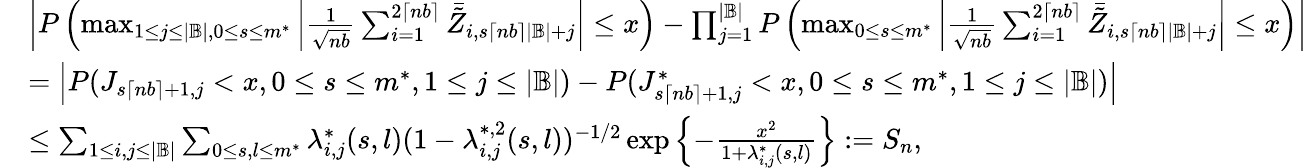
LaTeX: \begin{array}{rl}&{\left|P\left(\operatorname*{max}_{1\leq j\leq|\mathbb{B}|,0\leq s\leq m^{*}}\left|\frac{1}{\sqrt{nb}}\sum_{i=1}^{2\lceil nb\rceil}\bar{\tilde{Z}}_{i,s\lceil nb\rceil|\mathbb{B}|+j}\right|\leq x\right)-\prod_{j=1}^{|\mathbb{B}|}P\left(\operatorname*{max}_{0\leq s\leq m^{*}}\left|\frac{1}{\sqrt{nb}}\sum_{i=1}^{2\lceil nb\rceil}\bar{\tilde{Z}}_{i,s\lceil nb\rceil|\mathbb{B}|+j}\right|\leq x\right)\right|}\\ &{=\left|P(J_{s\lceil nb\rceil+1,j}<x,0\leq s\leq m^{*},1\leq j\leq|\mathbb{B}|)-P(J_{s\lceil nb\rceil+1,j}^{*}<x,0\leq s\leq m^{*},1\leq j\leq|\mathbb{B}|)\right|}\\ &{\leq\sum_{1\leq i,j\leq|\mathbb{B}|}\sum_{0\leq s,l\leq m^{*}}\lambda_{i,j}^{*}(s,l)(1-\lambda_{i,j}^{*,2}(s,l))^{-1/2}\exp\left\{ -\frac{x^{2}}{1+\lambda_{i,j}^{*}(s,l)}\right\} :=S_{n},}\end{array}